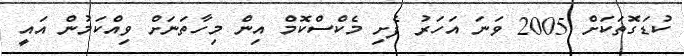
ކުޑަގޮތަކަށް 2005 ވަނަ އަހަރު ފެށި މެކްސްކޮމް އިން މިހާތަނަށް ވިއްކަމުން އައީ